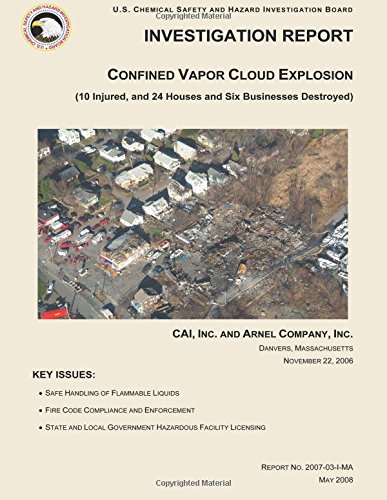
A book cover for Investigation Report: Confined Vapor Cloud Explosion; U.S. Chemical Safety and Hazard Investigation Board; Law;